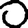
Digit: 0